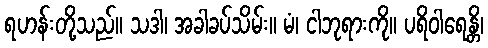
ရဟန်းတို့သည်။ သဒါ၊ အခါခပ်သိမ်း။ မံ၊ ငါဘုရားကို။ ပရိဝါရေန္တိ၊